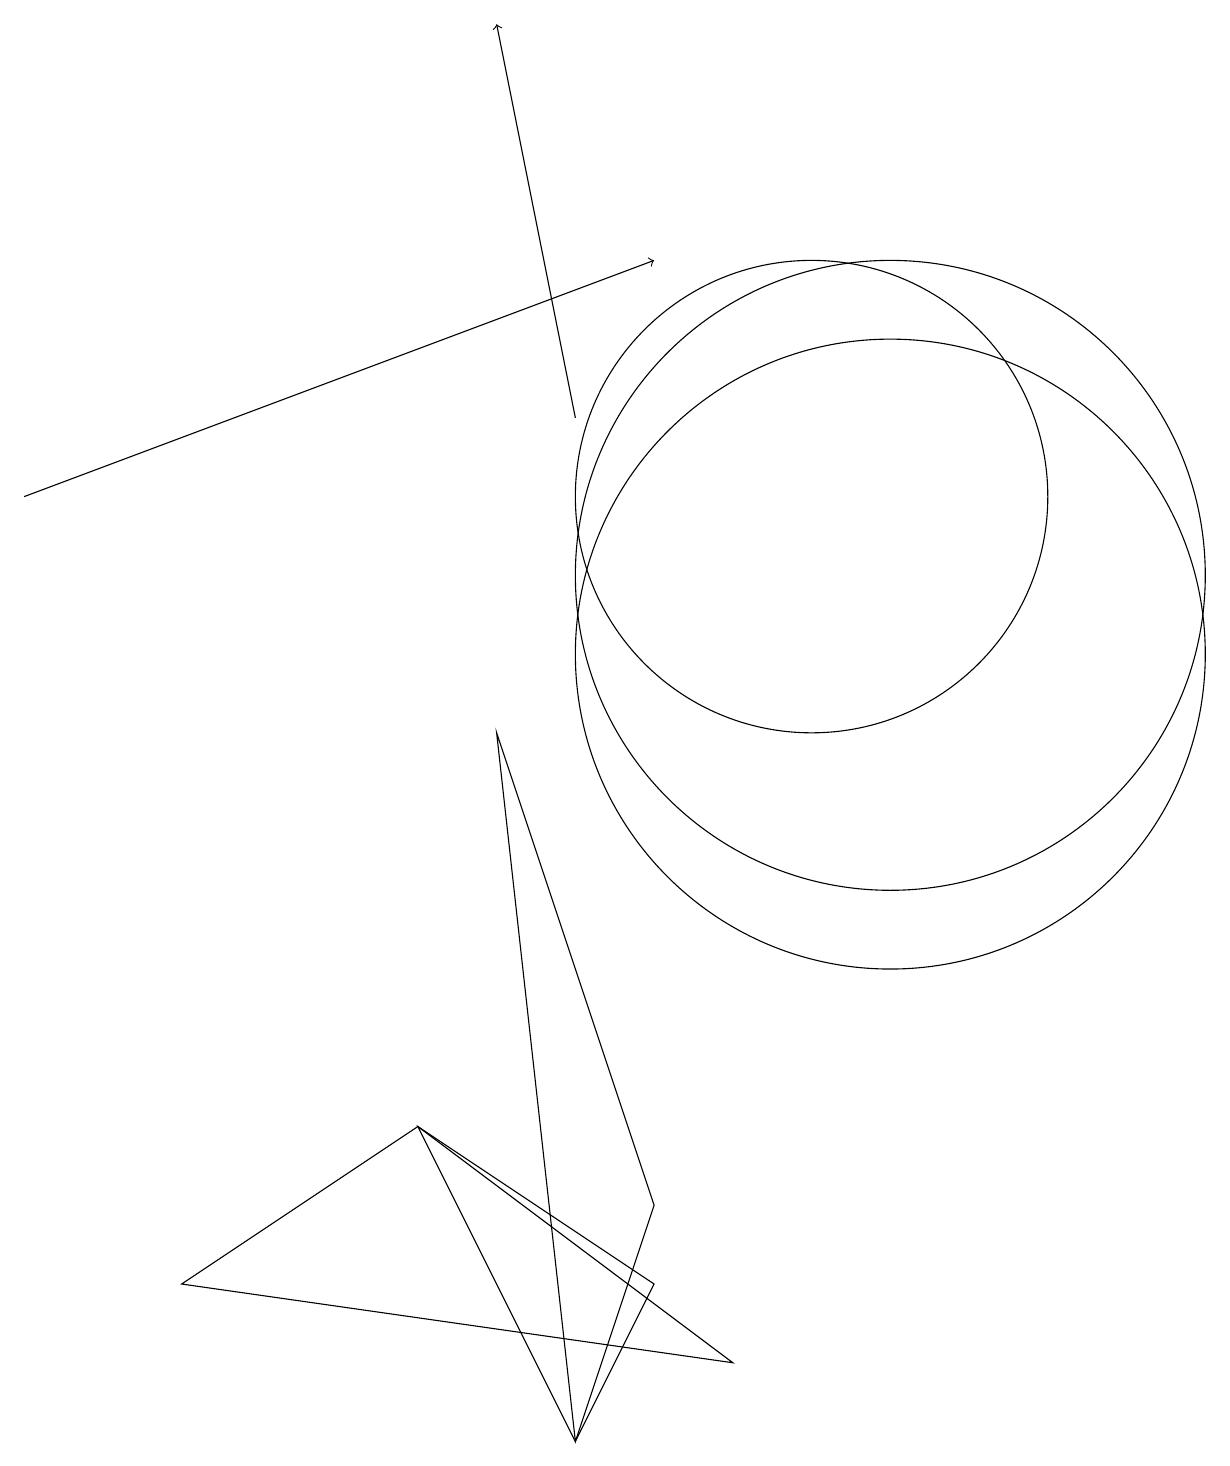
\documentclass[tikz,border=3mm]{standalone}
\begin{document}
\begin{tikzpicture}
\draw[->] (7,13) -- (6,18);
\draw (9,1) -- (2,2) -- (5,4) -- cycle;
\draw[->] (0,12) -- (8,15);
\draw (7,0) -- (5,4) -- (8,2) -- cycle;
\draw (8,3) -- (6,9) -- (7,0) -- cycle;
\draw (11,10) circle (4);
\draw (10,12) circle (3);
\draw (11,11) circle (4);
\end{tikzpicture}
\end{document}